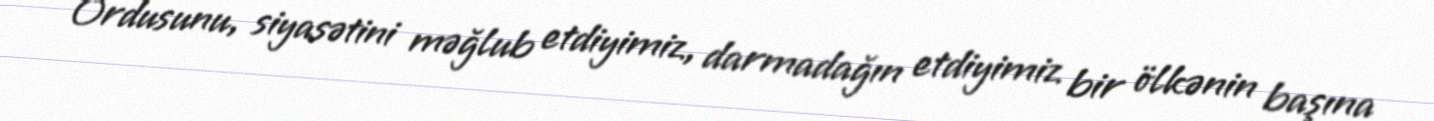
Ordusunu, siyasətini məğlub etdiyimiz, darmadağın etdiyimiz bir ölkənin başına